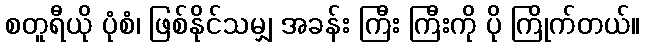
စတူရီယို ပုံစံ၊ ဖြစ်နိုင်သမျှ အခန်း ကြီး ကြီးကို ပို ကြိုက်တယ်။